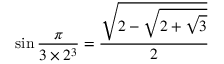
\sin { \frac { \pi } { 3 \times 2 ^ { 3 } } } = { \frac { \sqrt { 2 - { \sqrt { 2 + { \sqrt { 3 } } } } } } { 2 } }